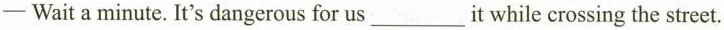
- Wait a minute. It's dangerous for us_it while crossing the street.